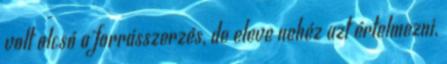
volt olcsó a forrásszerzés, de eleve nehéz azt értelmezni,